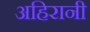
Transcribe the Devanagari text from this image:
अहिरानी